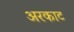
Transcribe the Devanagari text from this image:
अरकाट